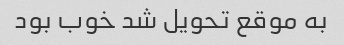
به موقع تحویل شد خوب بود